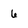
Character: 6